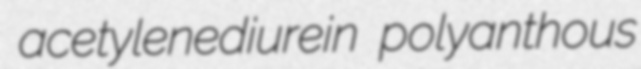
acetylenediurein polyanthous